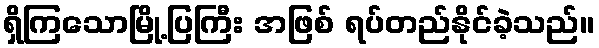
ရှိကြသောမြို့ပြကြီး အဖြစ် ရပ်တည်နိုင်ခဲ့သည်။